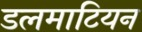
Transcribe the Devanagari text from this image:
डलमाटियन